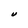
Character: U